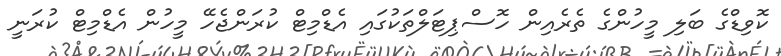
ކޮވިޑްގެ ބަލި މީހުންގެ ތެރެއިން ހޮސްޕިޓަލްތަކުގައި އެޑްމިޓް ކުރަންޖެހޭ މީހުން އެޑްމިޓް ކުރަނީ